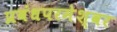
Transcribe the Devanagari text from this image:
प्रबंधपरमेश्वर